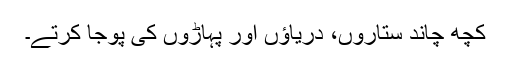
کچھ چاند ستاروں، دریاؤں اور پہاڑوں کی پوجا کرتے۔